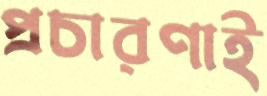
প্রচারণাই